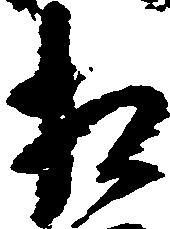
相